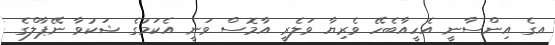
އގެ އިންސާނީ އެހީއާބެހޭ ވެރިޔާ ވަލެރީ އާމޮސް ވަނީ އެކަމުގެ ޝަކުވާ ނޭޕާލްގެ